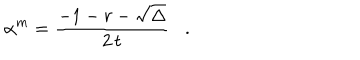
LaTeX: \alpha ^ { m } = \frac { - 1 - r - \sqrt { \Delta } } { 2 \, t } .